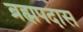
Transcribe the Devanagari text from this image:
ब्रह्मपदास